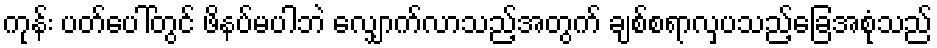
ကုန်း ပတ်ပေါ်တွင် ဖိနပ်မပါဘဲ လျှောက်လာသည့်အတွက် ချစ်စရာလှပသည့်ခြေအစုံသည်